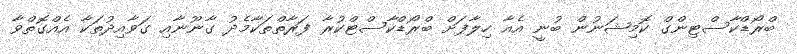
ބްރޯޑްކާސްޓިންގް ކޮމިޝަނުން ބުނީ އެއާ ހިލާފަށް ބްރޯޑްކާސްޓްކުރާ ފަރާތްތަކާމެދު ގާނޫނާއި ގަވާއިދުތަކާ އެއްގޮތްވާ